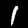
Digit: 1